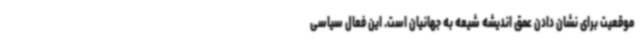
موقعیت برای نشان دادن عمق اندیشه شیعه به جهانیان است. این فعال سیاسی